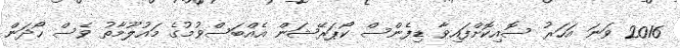
2016 ވަނަ އަހަރު ސޮއިކޮށްފައިވާ ޑިފެންސް ކޯޕަރޭޝަން އެއްބަސްވުމުގެ މައުލޫމާތު ވެސް ހޯދަން